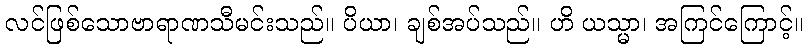
လင်ဖြစ်သောဗာရာဏသီမင်းသည်။ ပိယာ၊ ချစ်အပ်သည်။ ဟိ ယသ္မာ၊ အကြင်ကြောင့်။